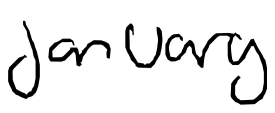
Text: January
Cross-out: clean
Writing tool: digital_black